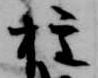
権